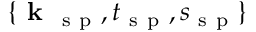
\{ \textbf { k } _ { \mathrm { ~ s ~ p ~ } } , t _ { \mathrm { ~ s ~ p ~ } } , s _ { \mathrm { ~ s ~ p ~ } } \}